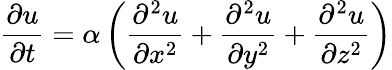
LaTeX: {\frac{\partial u}{\partial t}}=\alpha\left({\frac{\partial^{2}u}{\partial x^{2}}}+{\frac{\partial^{2}u}{\partial y^{2}}}+{\frac{\partial^{2}u}{\partial z^{2}}}\right)